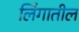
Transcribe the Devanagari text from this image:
लिंगातील